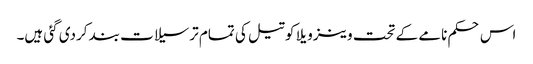
اس حکم نامے کے تحت وینزویلا کو تیل کی تمام ترسیلات بند کردی گئی ہیں۔